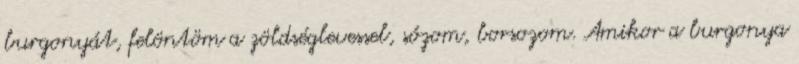
burgonyát, felöntöm a zöldséglevessel, sózom, borsozom. Amikor a burgonya